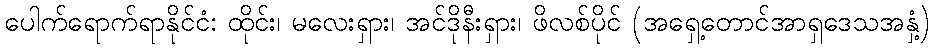
ပေါက်ရောက်ရာနိုင်ငံ: ထိုင်း၊ မလေးရှား၊ အင်ဒိုနီးရှား၊ ဖိလစ်ပိုင် (အရှေ့တောင်အာရှဒေသအနှံ့)